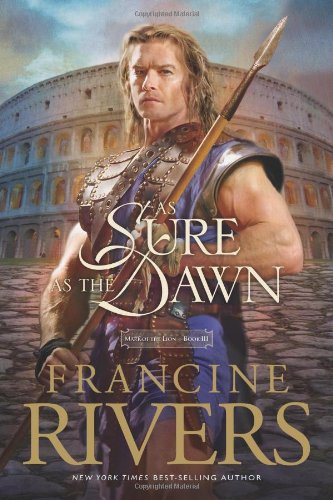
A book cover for As Sure as the Dawn (Mark of the Lion #3); Francine Rivers; Romance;